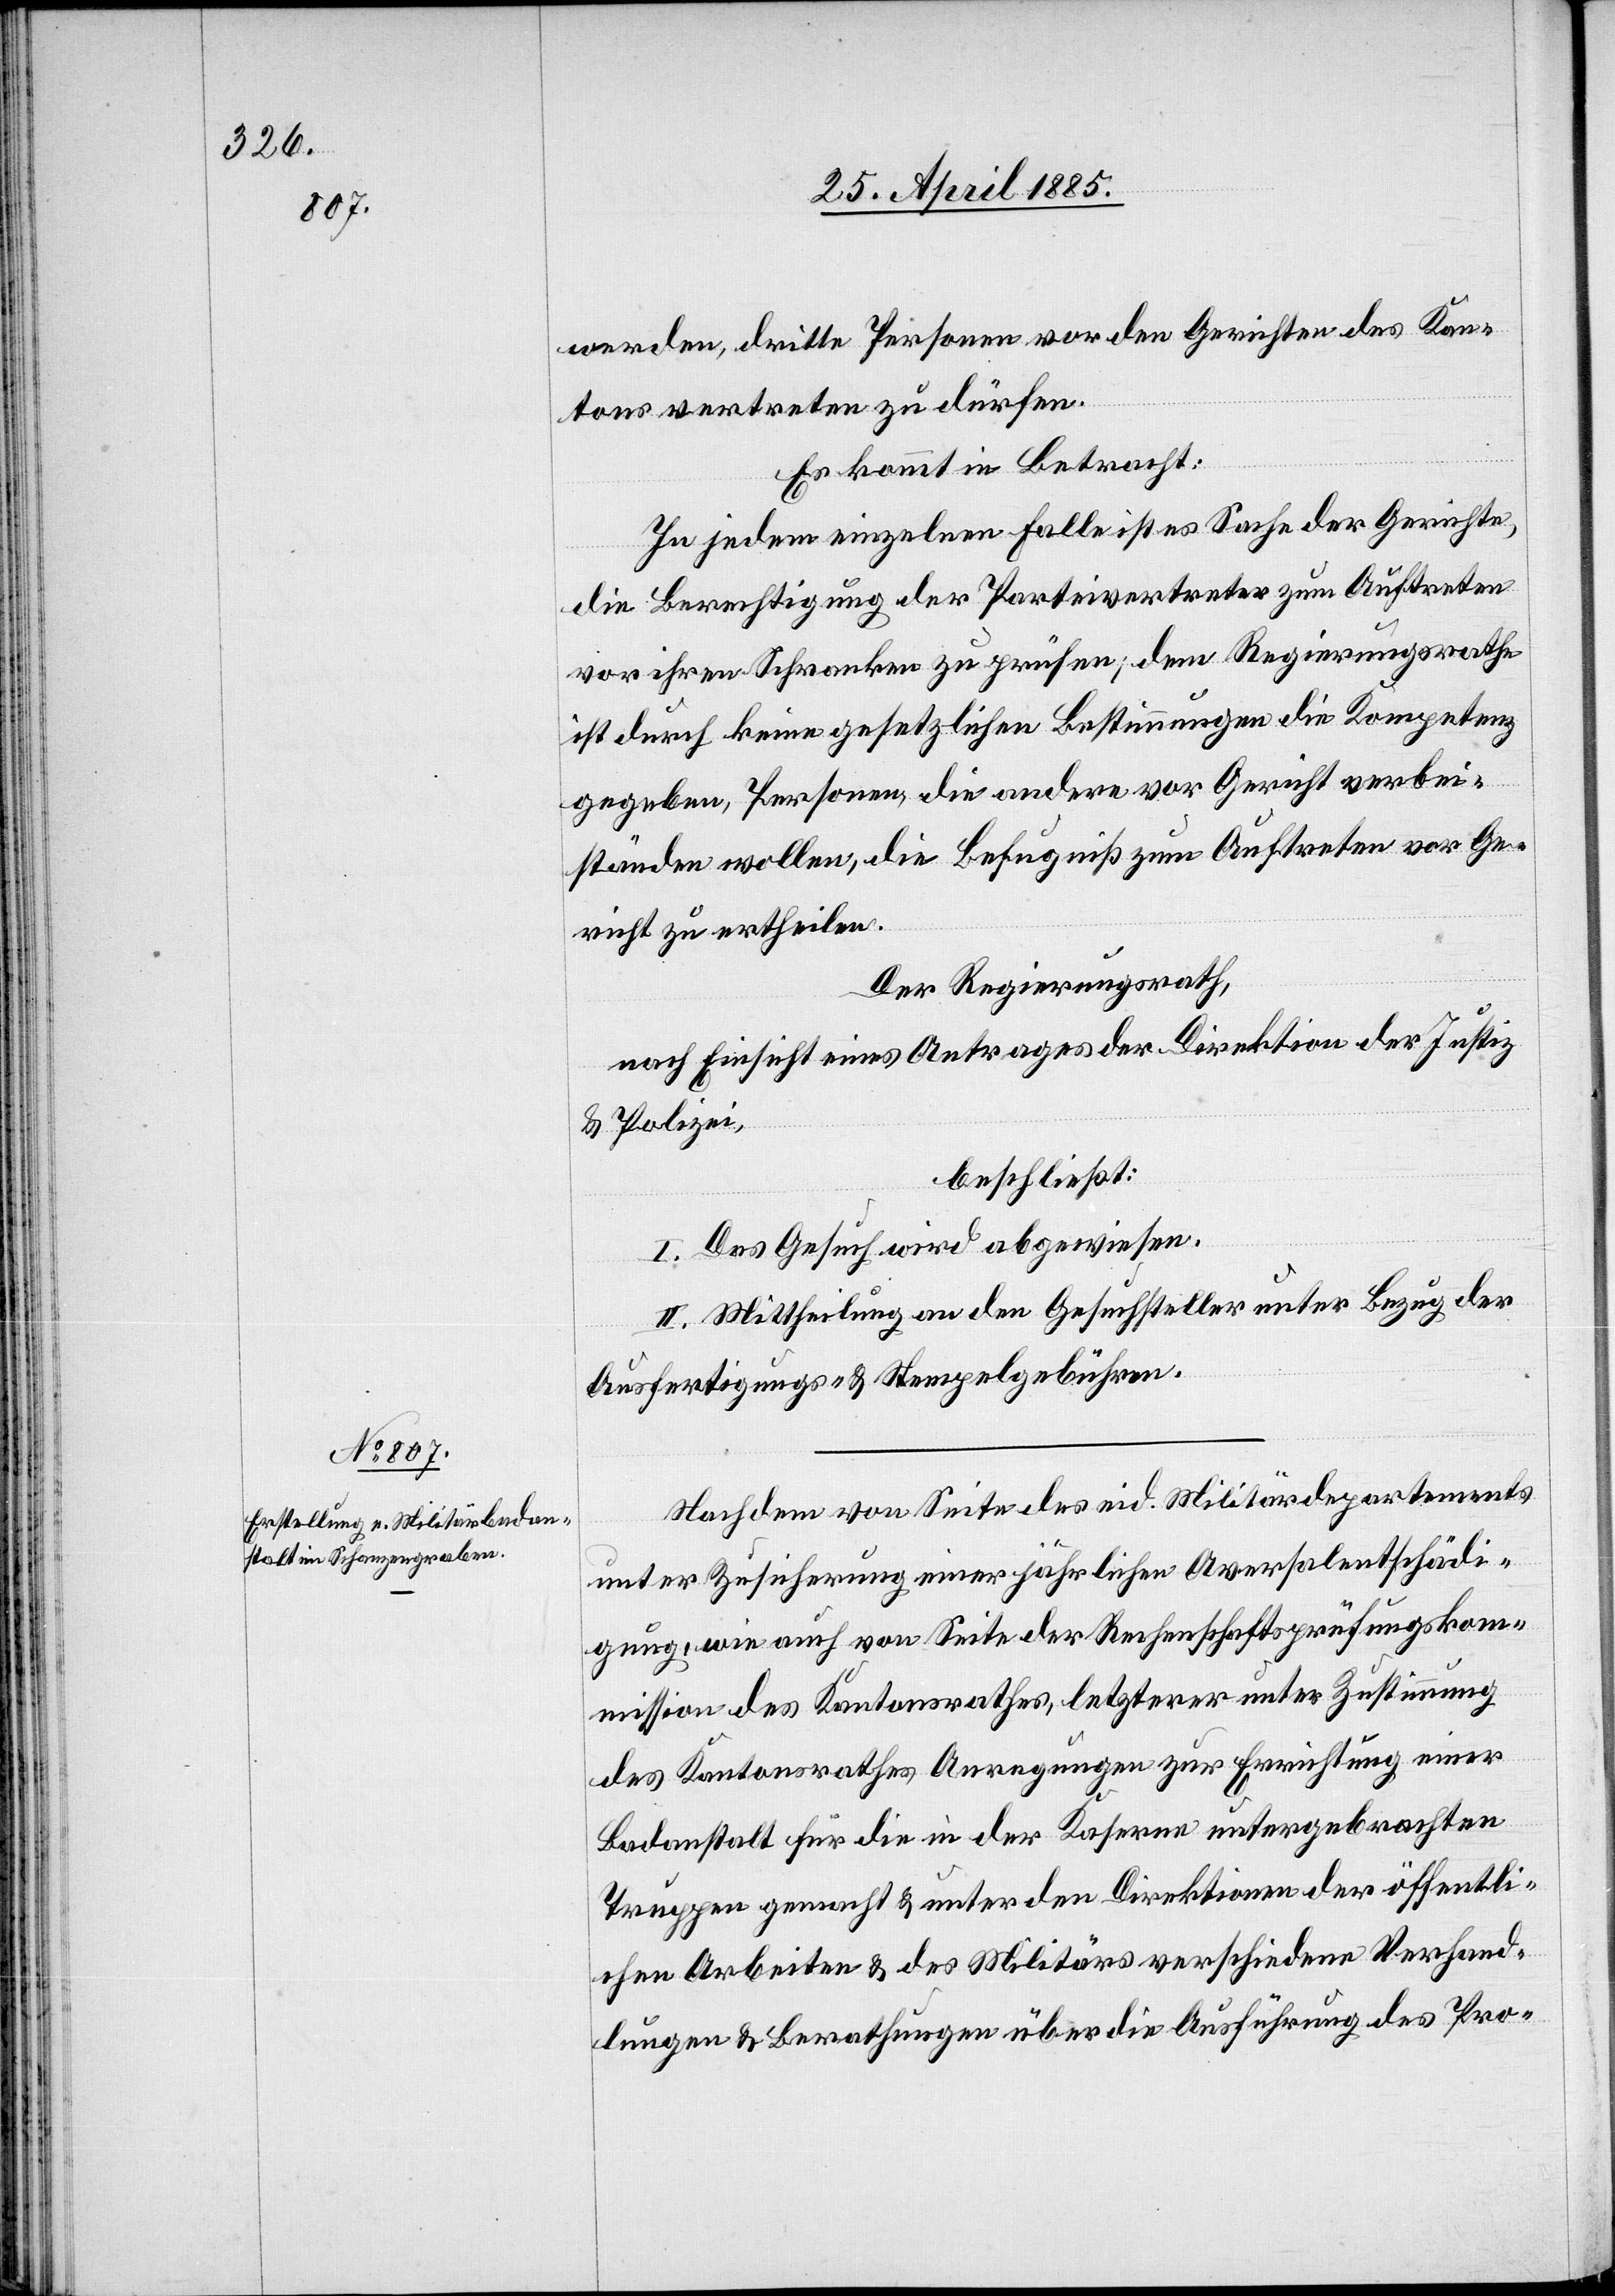
werden, dritte Personen vor den Gerichten des Kan¬
tons vertreten zu dürfen.
Es kommt in Betracht:
In jedem einzelnen Falle ist es Sache der Gerichte,
die Berechtigung der Parteivertreter zum Auftreten
vor ihren Schranken zu prüfen; dem Regierungsrathe
ist durch keine gesetzlichen Bestimmungen die Kompetenz
gegeben, Personen, die andere vor Gericht verbei¬
ständen wollen, die Befugniß zum Auftreten vor Ge¬
richt zu ertheilen.
Der Regierungsrath,
nach Einsicht eines Antrages der Direktion der Justiz
& Polizei,
beschließt:
I. Das Gesuch wird abgewiesen.
II. Mittheilung an den Gesuchsteller unter Bezug der
Ausfertigungs- & Stempelgebühren.
Nachdem von Seite des eid. Militärdepartements
unter Zusicherung einer jährlichen Aversalentschädi¬
gung, wie auch von Seite der Rechenschaftsprüfungskom¬
mission des Kantonsrathes, letzterer unter Zustimmung
des Kantonsrathes Anregungen zur Errichtung einer
Badeanstalt für die in der Kaserne untergebrachten
Truppen gemacht & unter den Direktionen der öffentli¬
chen Arbeiten & des Militärs verschiedene Verhand¬
lungen & Berathungen über die Ausführung des Pro-